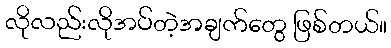
လိုလည်းလိုအပ်တဲ့အချက်တွေ ဖြစ်တယ်။